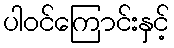
ပါဝင်ကြောင်းနှင့်